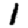
Digit: 1